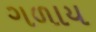
ગળાય